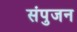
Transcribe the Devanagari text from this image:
संपुजन